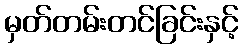
မှတ်တမ်းတင်ခြင်းနှင့်